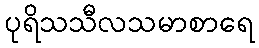
ပုရိသသီလသမာစာရေ